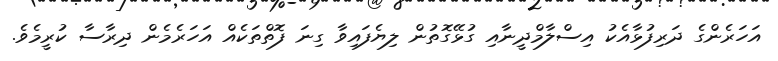
އަހަރެންގެ ދަރިފުޅާއެކު އިސްލާމްދީނާއި ގުޅޭގޮތުން ލިޔެފައިވާ ގިނަ ފޮތްތަކެއް އަހަރެމެން ދިރާސާ ކުރީމެވެ.